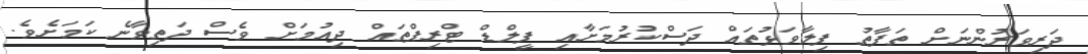
ދަރިވަރުންނަށް ތަފާތު ފިލާވަޅުތައް ދަސްކުރުމަށާއި ފީލްޑް ޓްރިޕްތައް ދިއުމަށް ވެސް ދަތިވާނެ ކަމަށެވެ.